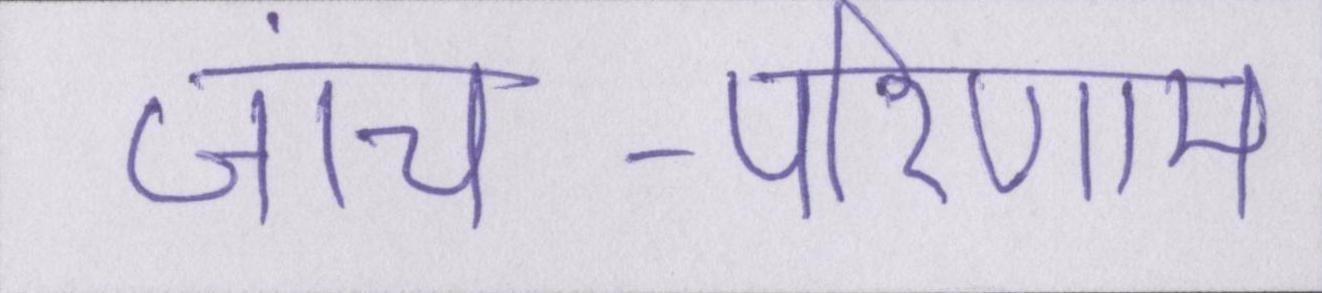
जांच-परिणाम